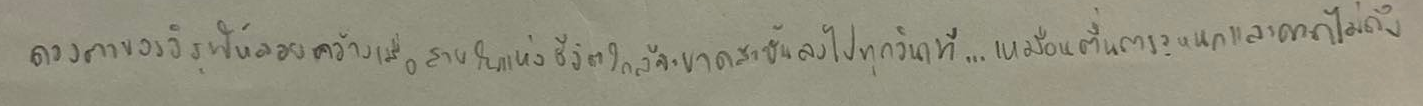
ดวงตาของวิรุฬห์ลอยคว้างเมื่อสายใยแห่งชีวิตใกล้จะขาดสะบั้นลงไปทุกวินาที...เหมือนตื่นตระหนกและคาดไม่ถึง